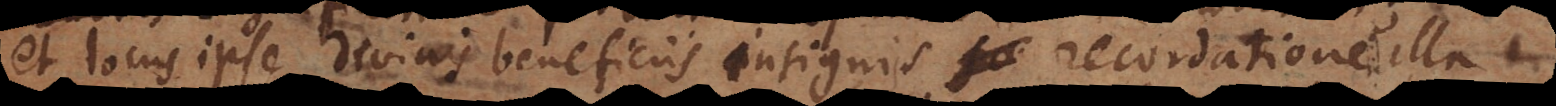
et locus ipse divinis beneficiis insignis recordatione ill